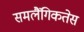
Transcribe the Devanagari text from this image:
समलैंगिकतेस